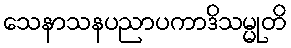
သေနာသနပညာပကာဒိသမ္မုတိ